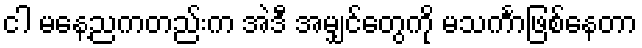
ငါ မနေ့ညကတည်းက အဲဒီ အမျှင်တွေကို မသင်္ကာဖြစ်နေတာ